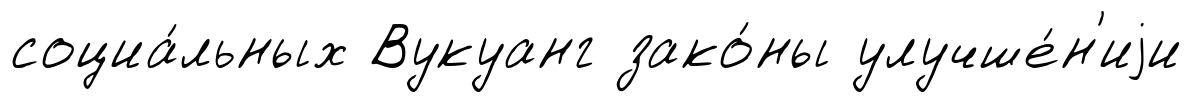
социа́льных Вукуанг зако́ны улучше́н'иjи